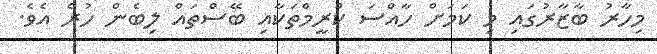
މިހާރު ބާޒާރުގައި މި ކަމަށް ހާއްސަ ކްރީމްތަކާއި ބޭސްތައް ލިބެން ހުރެ އެވެ.